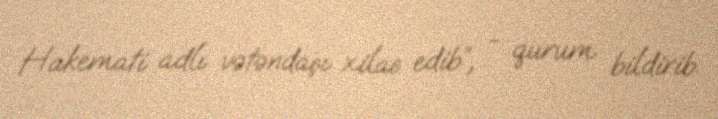
Hakemati adlı vətəndaşı xilas edib”, - qurum bildirib.